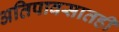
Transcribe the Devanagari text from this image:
अतिपावसातही